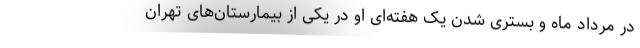
در مرداد ماه و بستری شدن یک هفته‌ای او در یکی از بیمارستان‌های تهران